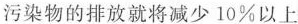
污染物的排放就将减少10\%以上